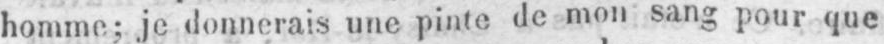
homme; je donnerais une pinte de mon sang pour que